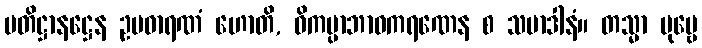
ပတိဋ္ဌာနဋ္ဌေန ဥပဓာရဏံ ဟောတိ, ဝိကမ္ပာဘာဝကရဏေန စ သမာဒါနံ။ တသ္မာ ပုဗ္ဗေ